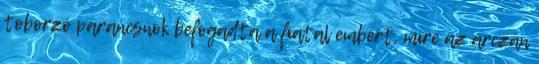
toborzó parancsnok befogadta a fiatal embert, mire az arczán